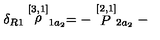
\delta _ { R 1 } \stackrel { [ 3 , 1 ] } { \rho } _ { 1 a _ { 2 } } = - \stackrel { [ 2 , 1 ] } { P } _ { 2 a _ { 2 } } -